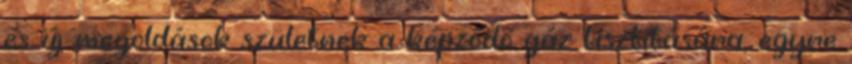
és új megoldások születnek a képződő gáz tisztítására, egyre